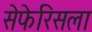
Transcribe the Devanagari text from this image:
सेफेरिसला